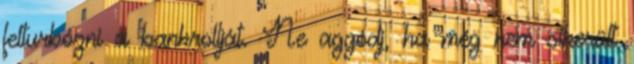
felturbózni a bankrollját. Ne aggódj, ha még nem sikerült